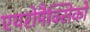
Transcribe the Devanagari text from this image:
एयरोमैक्सिको